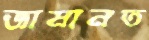
জামানত